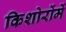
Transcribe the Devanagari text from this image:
किशोरोंमें